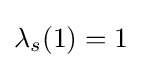
\lambda _{s}(1)=1